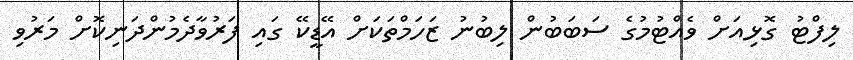
ލިފްޓު ގޮޅިއަށް ވެއްޓުމުގެ ސަބަބުން ލިބުނު ޒަހަމްތަކަށް އޭޑީކޭ ގައި ފަރުވާދެމުންދަނިކޮށް މަރުވި